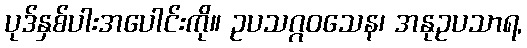
ပုဒ်နှစ်ပါးအပေါင်းကို။ ဥပသဂ္ဂဝသေန၊ အနုဥပသာရ,